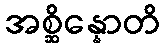
အစ္ဆိန္နောတိ